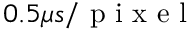
0 . 5 \mu s / \mathrm { ~ p ~ i ~ x ~ e ~ l ~ }